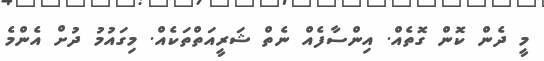
މީ ދެން ކޮން ގޮތެެއް. އިންސާފެއް ނެތް ޝަރީއަތްތަކެއް. މިގައުމު ދުށް އެންމެ